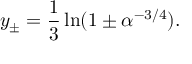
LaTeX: y _ { \pm } = \frac { 1 } { 3 } \ln ( 1 \pm \alpha ^ { - 3 / 4 } ) .